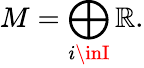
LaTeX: M=\bigoplus_{i\inI}\mathbb{R}.